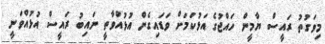
މިވަގުތު ރައީސް ޔާމީން ހައްޖުގެ އަޅުކަމަށް ވަޑައިގެން އުޅުއްވާތީ ނައިބު ރައީސް އުޅުއްވަނީ